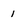
Character: 1